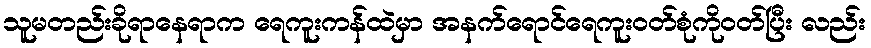
သူမတည်းခိုရာနေရာက ရေကူးကန်ထဲမှာ အနက်ရောင်ရေကူးဝတ်စုံကိုဝတ်ပြီး လည်း